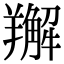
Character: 𦏘